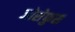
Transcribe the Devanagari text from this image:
जोसेफुस